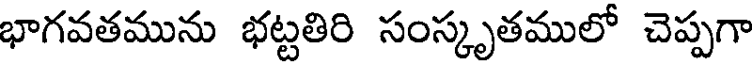
భాగవతమును భట్టతిరి సంస్కృతములో చెప్పగా